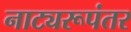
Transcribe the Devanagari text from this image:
नाट्यरूपंतर